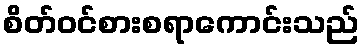
စိတ်ဝင်စားစရာကောင်းသည်